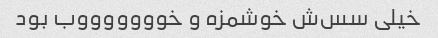
خیلی سس‌ش خوشمزه و خوووووووب بود